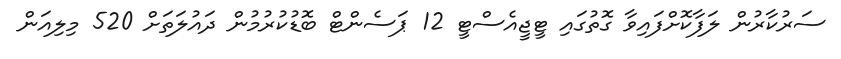
ސަރުކާރުން ލަފާކޮށްފައިވާ ގޮތުގައި ޓީޖީއެސްޓީ 12 ޕަސެންޓް ބޮޑުކުރުމުން ދައުލަތަށް 520 މިލިއަން